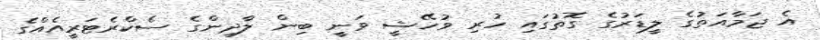
އެ ޖަމާއަތުގެ ލީޑަރުގެ ގޮތުގައި ހުރި ވުހޭޝީ ވަނީ ބިިން ލާދިންގެ ސެކްރެޓަރީއެއްގެ